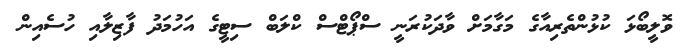
ވޮލީބޯޅަ ކުޅުންތެރިއާގެ މަގާމަށް ވާދަކުރަނީ ސްޕޯޓްސް ކްލަބް ސިޓީގެ އަހުމަދު ފާޒިލާއި ހުސެއިން